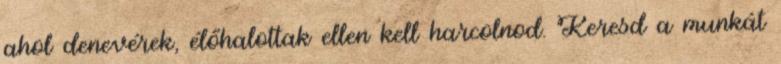
ahol denevérek, élőhalottak ellen kell harcolnod. Keresd a munkát